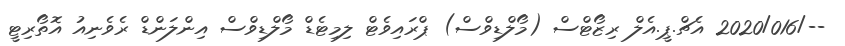
--/2020/016 އެޗް.ޕީ.އެލް ރިޒޯޓްސް (މޯލްޑިވްސް) ޕްރައިވެޓް ލިމިޓެޑް މޯލްޑިވްސް އިންލަންޑް ރެވެނިއު އޮތޯރިޓީ